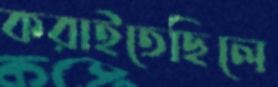
করাইতেছিলে